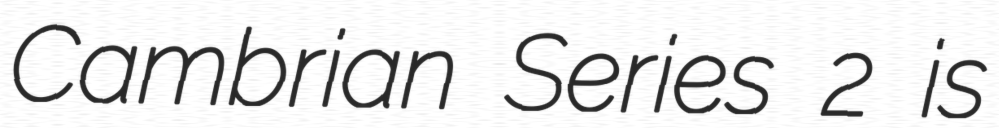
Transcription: Cambrian Series 2 is